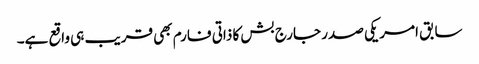
سابق امریکی صدر جارج بش کا ذاتی فارم بھی قریب ہی واقع ہے۔